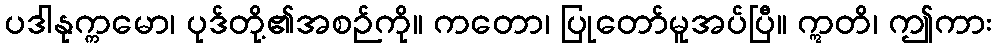
ပဒါနုက္ကမော၊ ပုဒ်တို့၏အစဉ်ကို။ ကတော၊ ပြုတော်မူအပ်ပြီ။ ဣတိ၊ ဤကား